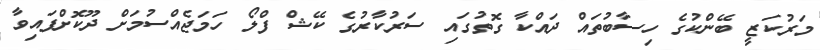
މަރުކަޒީ ބޭންކުގެ ހިސާބުތައް ދައްކާ ގޮތުގައި ސަރުކާރުގެ ކޭޝް ފްލޯ ހަމަޖެއްސުމަށް ދޫކޮށްފައިވާ